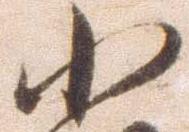
小